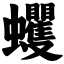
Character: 蠼